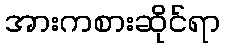
အားကစားဆိုင်ရာ